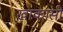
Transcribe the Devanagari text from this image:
खाकासी